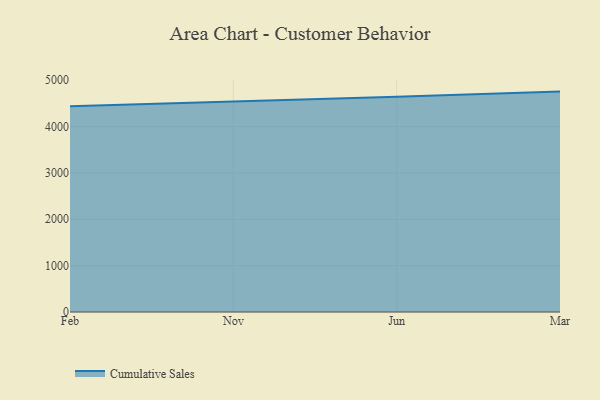
{"axis": {"x": "Month", "y": "Backlog"}, "legend": ["Cumulative Sales"], "data": [{"x": "Feb", "y": 4437.9, "type": "Cumulative Sales"}, {"x": "Nov", "y": 4531.1, "type": "Cumulative Sales"}, {"x": "Jun", "y": 4639.5, "type": "Cumulative Sales"}, {"x": "Mar", "y": 4753.2, "type": "Cumulative Sales"}]}